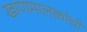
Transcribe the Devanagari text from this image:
खाणमालकांची